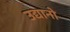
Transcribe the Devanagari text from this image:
उद्यानो